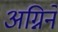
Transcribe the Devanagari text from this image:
अग्निने